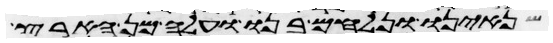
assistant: שנאינו ונלחם בנו ועלה מן הארץ